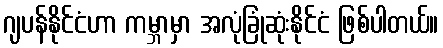
ဂျပန်နိုင်ငံဟာ ကမ္ဘာမှာ အလုံခြုံဆုံးနိုင်ငံ ဖြစ်ပါတယ်။